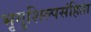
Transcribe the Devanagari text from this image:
भृगुशिल्पसंहिता